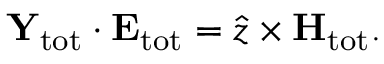
\mathbf { Y } _ { \mathrm { t o t } } \cdot \mathbf { E } _ { \mathrm { t o t } } = \hat { z } \times \mathbf { H } _ { \mathrm { t o t } } .